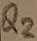
Text: Q2